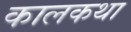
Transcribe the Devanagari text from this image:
कालकथा